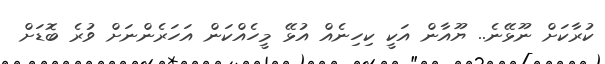
ކުރާކަށް ނޫޅޭނެ.. ޔޫއާން އަކީ ކިހިނެއް އުޅޭ މީހެއްކަން އަހަރެންނަށް ވުރެ ބޮޑަށް